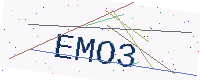
Text: EMO3